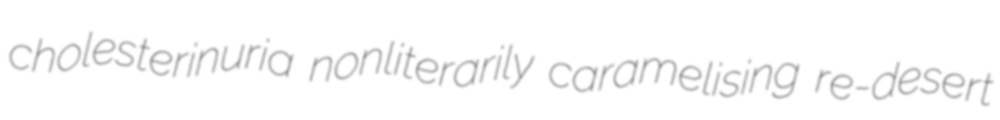
cholesterinuria nonliterarily caramelising re-desert